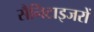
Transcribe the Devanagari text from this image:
सैनिटाइजरों